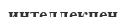
интеллекпен